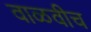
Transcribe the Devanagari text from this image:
वाळवीच